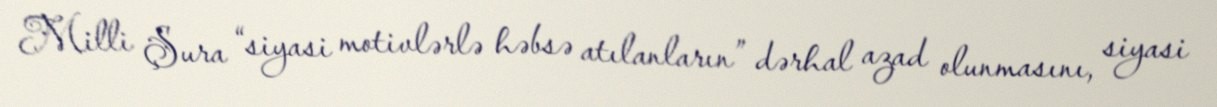
Milli Şura “siyasi motivlərlə həbsə atılanların” dərhal azad olunmasını, siyasi